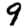
Digit: 9